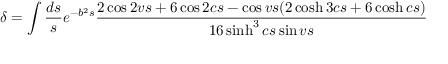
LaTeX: \delta = \int \frac { d s } { s } e ^ { - b ^ { 2 } s } \frac { 2 \cos 2 v s + 6 \cos 2 c s - \cos v s ( 2 \cosh 3 c s + 6 \cosh c s ) } { 1 6 \sinh ^ { 3 } c s \sin v s }